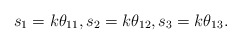
\begin{align*} s_1 = k \theta_{11}, s_2 = k \theta_{12}, s_3 = k \theta_{13}.\end{align*}